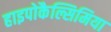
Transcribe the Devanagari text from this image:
हाइपोकैल्सिमिया